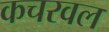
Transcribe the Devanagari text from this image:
कचरवल